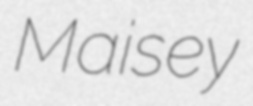
Maisey